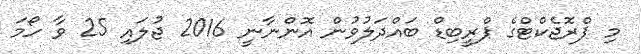
މި ޕްރޮޖެކްޓްގެ ޕްރީބިޑް ބައްދަލުވުން އޮންނާނީ 2016 ޖުލައި 25 ވާ ހޯމަ